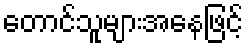
တောင်သူများအနေဖြင့်